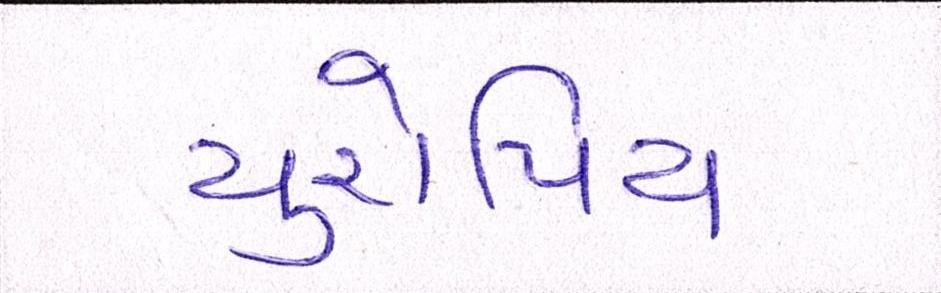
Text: યુરોપિય